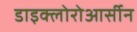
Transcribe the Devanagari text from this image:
डाइक्लोरोआर्सीन